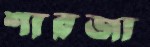
শারজা